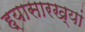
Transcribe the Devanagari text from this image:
ह्यासारख्यां